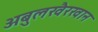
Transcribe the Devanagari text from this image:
अबुलखैरखान